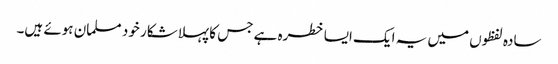
سادہ لفظوں میں یہ ایک ایسا خطرہ ہے جس کا پہلا شکار خود مسلمان ہوئے ہیں۔